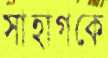
সাহাগকে